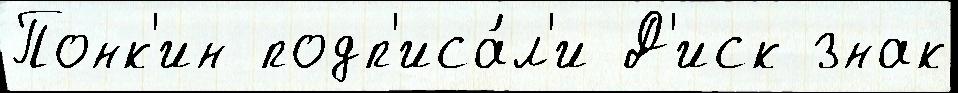
Понк'ин подп'иса́л'и Д'иск знак